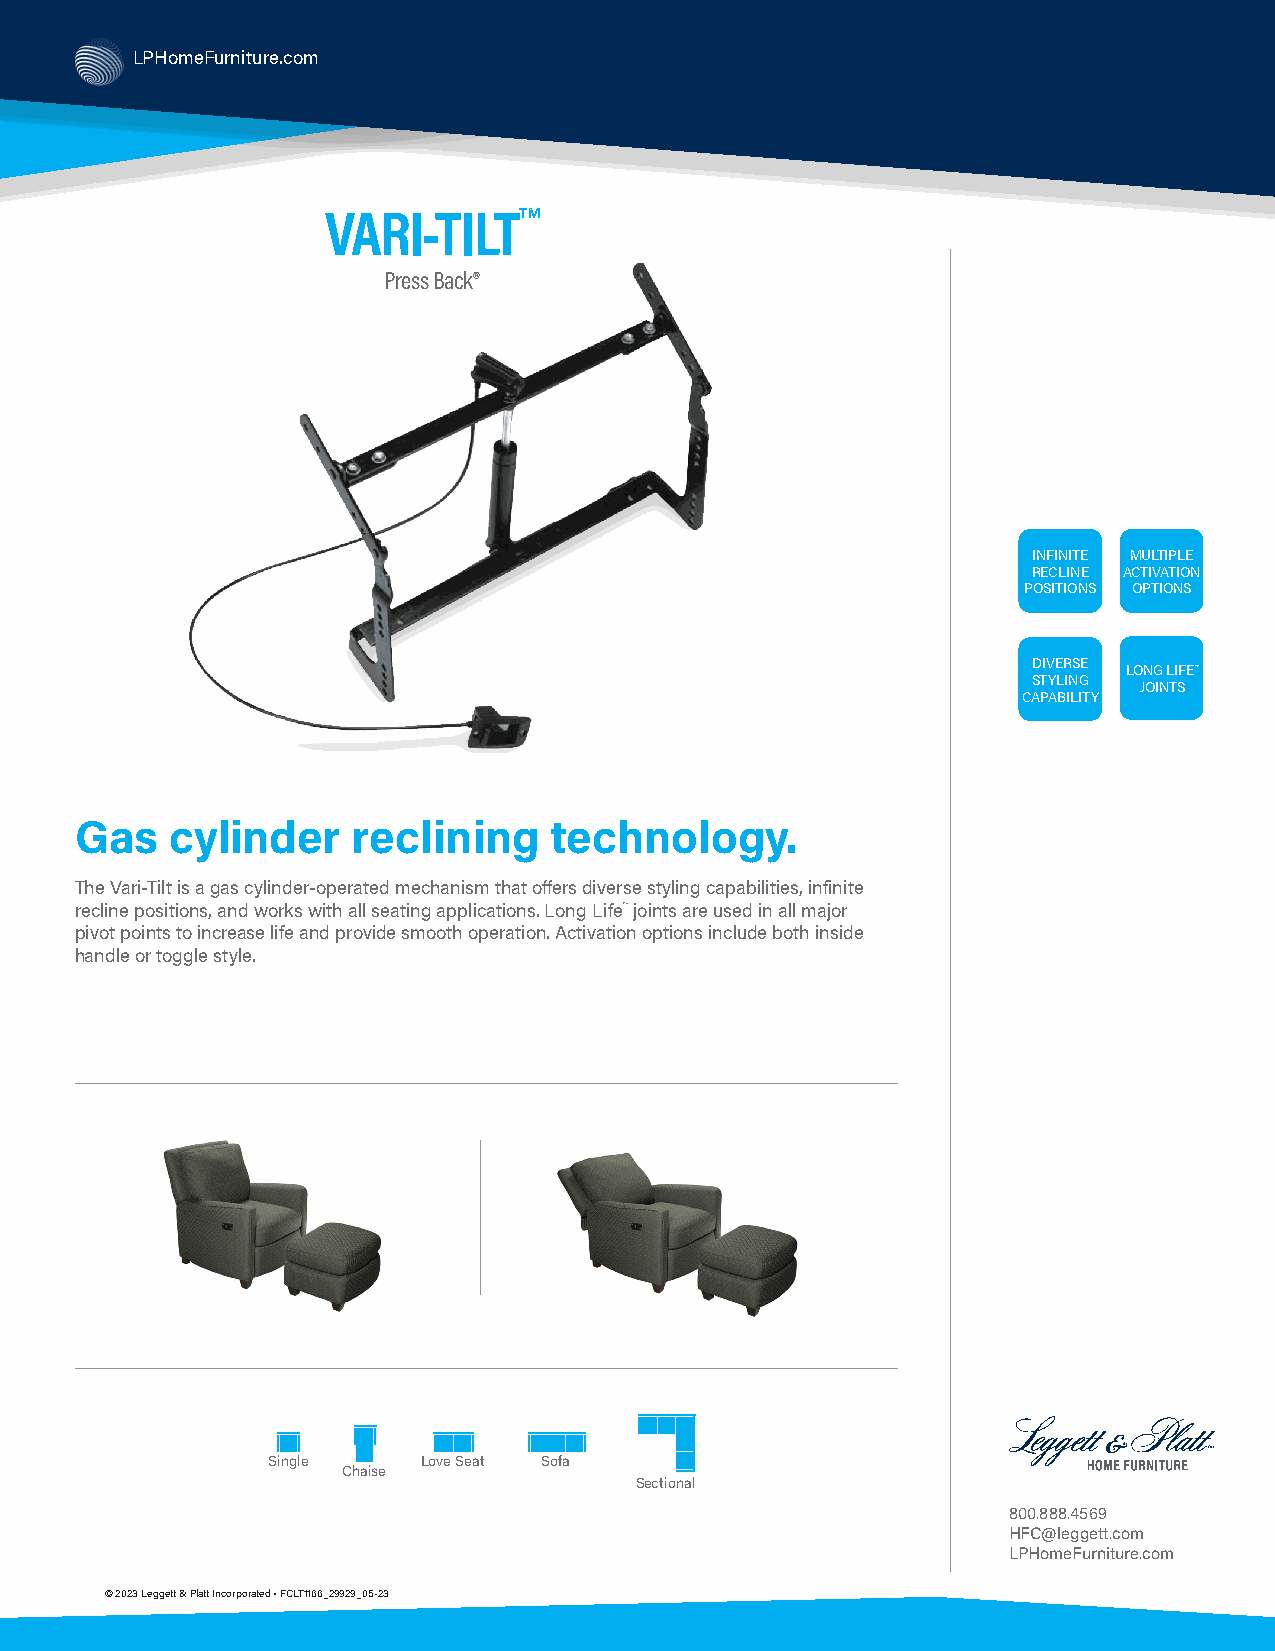
LPHomeFurniture.com
 VARI-TILT™
 Press Back®
 INFINITE MULTIPLE
 RECLINE ACTIVATION
 POSITIONS OPTIONS
 DIVERSE
 LONG LIFE™
 STYLING
 JOINTS
 CAPABILITY
 Gas   cylinder    reclining    technology.
 The Vari-Tilt is a gas cylinder-operated mechanism that offers diverse styling capabilities, infinite
 recline positions, and works with all seating applications. Long Life™ joints are used in all major
 pivot points to increase life and provide smooth operation. Activation options include both inside
 handle or toggle style.
 Single    Love Seat Sofa
 Chaise
 Sectional
 800.888.4569
 HFC@leggett.com
 LPHomeFurniture.com
 © 2023 Leggett & Platt Incorporated • FCLT1166_29929_05-23